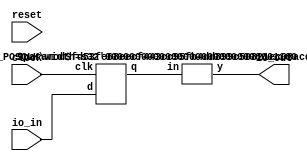
module RemoveMantissa(
    input clock,
    input reset,
    input [11:0] io_in,
    output [7:0] io_out
);
    wire [11:0] _reg___q;
    wire [11:0] _reg___d;
    DFF_POSCLK #(.width(12)) reg_ (
        .q(_reg___q),
        .d(_reg___d),
        .clk(clock)
    );
    SHR_SIGNED #(.width(12), .n(4)) s_shr_1 (
        .y(io_out),
        .in(_reg___q)
    );
    assign _reg___d = io_in;
endmodule //RemoveMantissa
module DFF_POSCLK(q, d, clk);
    parameter width = 4;
    output reg [width-1:0] q;
    input [width-1:0] d;
    input clk;
    always @(posedge clk) begin
        q <= d;
    end
endmodule // DFF_POSCLK
module SHR_SIGNED(y, in);
    parameter width = 4;
    parameter n = 2;
    output [(n < width ? (width-n-1) : 0):0] y;
    input [width-1:0] in;
    assign y = n < width ? in[width-1:n] : in[width-1:width-1];
endmodule // SHR_SIGNED